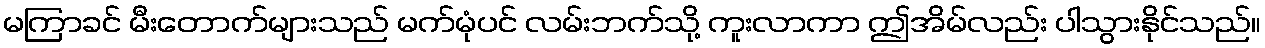
မကြာခင် မီးတောက်များသည် မက်မုံပင် လမ်းဘက်သို့ ကူးလာကာ ဤအိမ်လည်း ပါသွားနိုင်သည်။